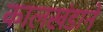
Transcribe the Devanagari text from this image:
कालखंडाने